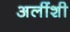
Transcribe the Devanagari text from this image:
अलींशी